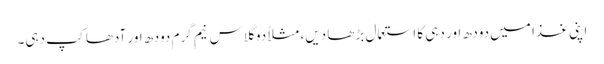
اپنی غذا میں دودھ اور دہی کا استعمال بڑھا دیں، مثلاً دو گلاس نیم گرم دودھ اور آدھا کپ دہی۔